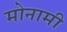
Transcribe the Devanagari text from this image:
मोनामी